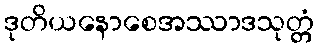
ဒုတိယနောစေအဿာဒသုတ္တံ